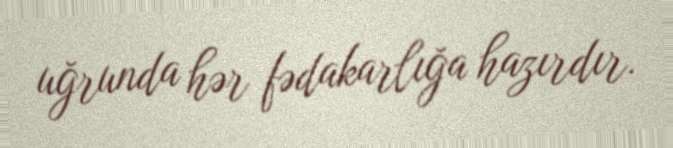
uğrunda hər fədakarlığa hazırdır.